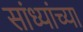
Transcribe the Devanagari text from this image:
सांध्यांच्या